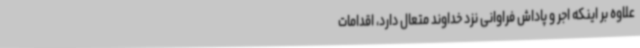
علاوه بر اینکه اجر و پاداش فراوانی نزد خداوند متعال دارد، اقدامات